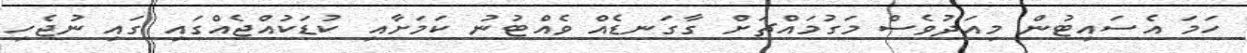
ހަމަ އެސައިޓުން މިއަދުވެސް މަގުމައްޗަށް ގާގަނޑެއް ވެއްޓުނު ކަމަށާއި ކުޑަކުއްޖެއްގައި ގައި ނުޖެހި